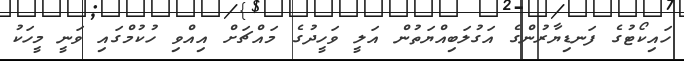
ހައިކޯޓުގެ ފަނޑިޔާރުންގެ އަގުލަބިއްޔަތުން އަލީ ވަހީދުގެ މައްޗަށް އިއްވި ހުކުމްގައި ވަނީ މީހަކު